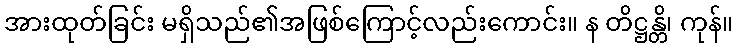
အားထုတ်ခြင်း မရှိသည်၏အဖြစ်ကြောင့်လည်းကောင်း။ န တိဋ္ဌန္တိ၊ ကုန်။